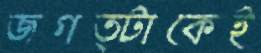
জগত্টাকেই